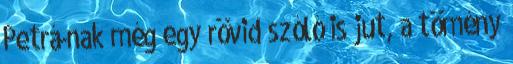
Petrá-nak még egy rövid szóló is jut, a tömény